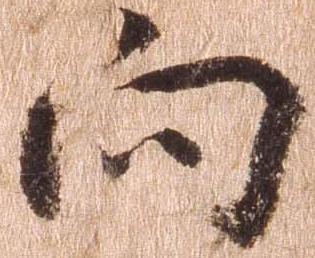
向